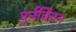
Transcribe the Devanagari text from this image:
पुर्नचिंतन